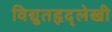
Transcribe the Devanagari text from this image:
विद्युतहृद्‌लेखी